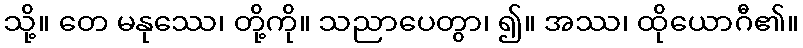
သို့။ တေ မနုဿေ၊ တို့ကို။ သညာပေတွာ၊ ၍။ အဿ၊ ထိုယောဂီ၏။